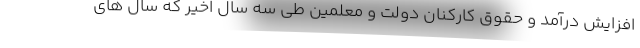
افزایش درآمد و حقوق کارکنان دولت و معلمین طی سه سال اخیر که سال های